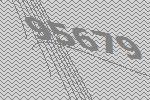
95679